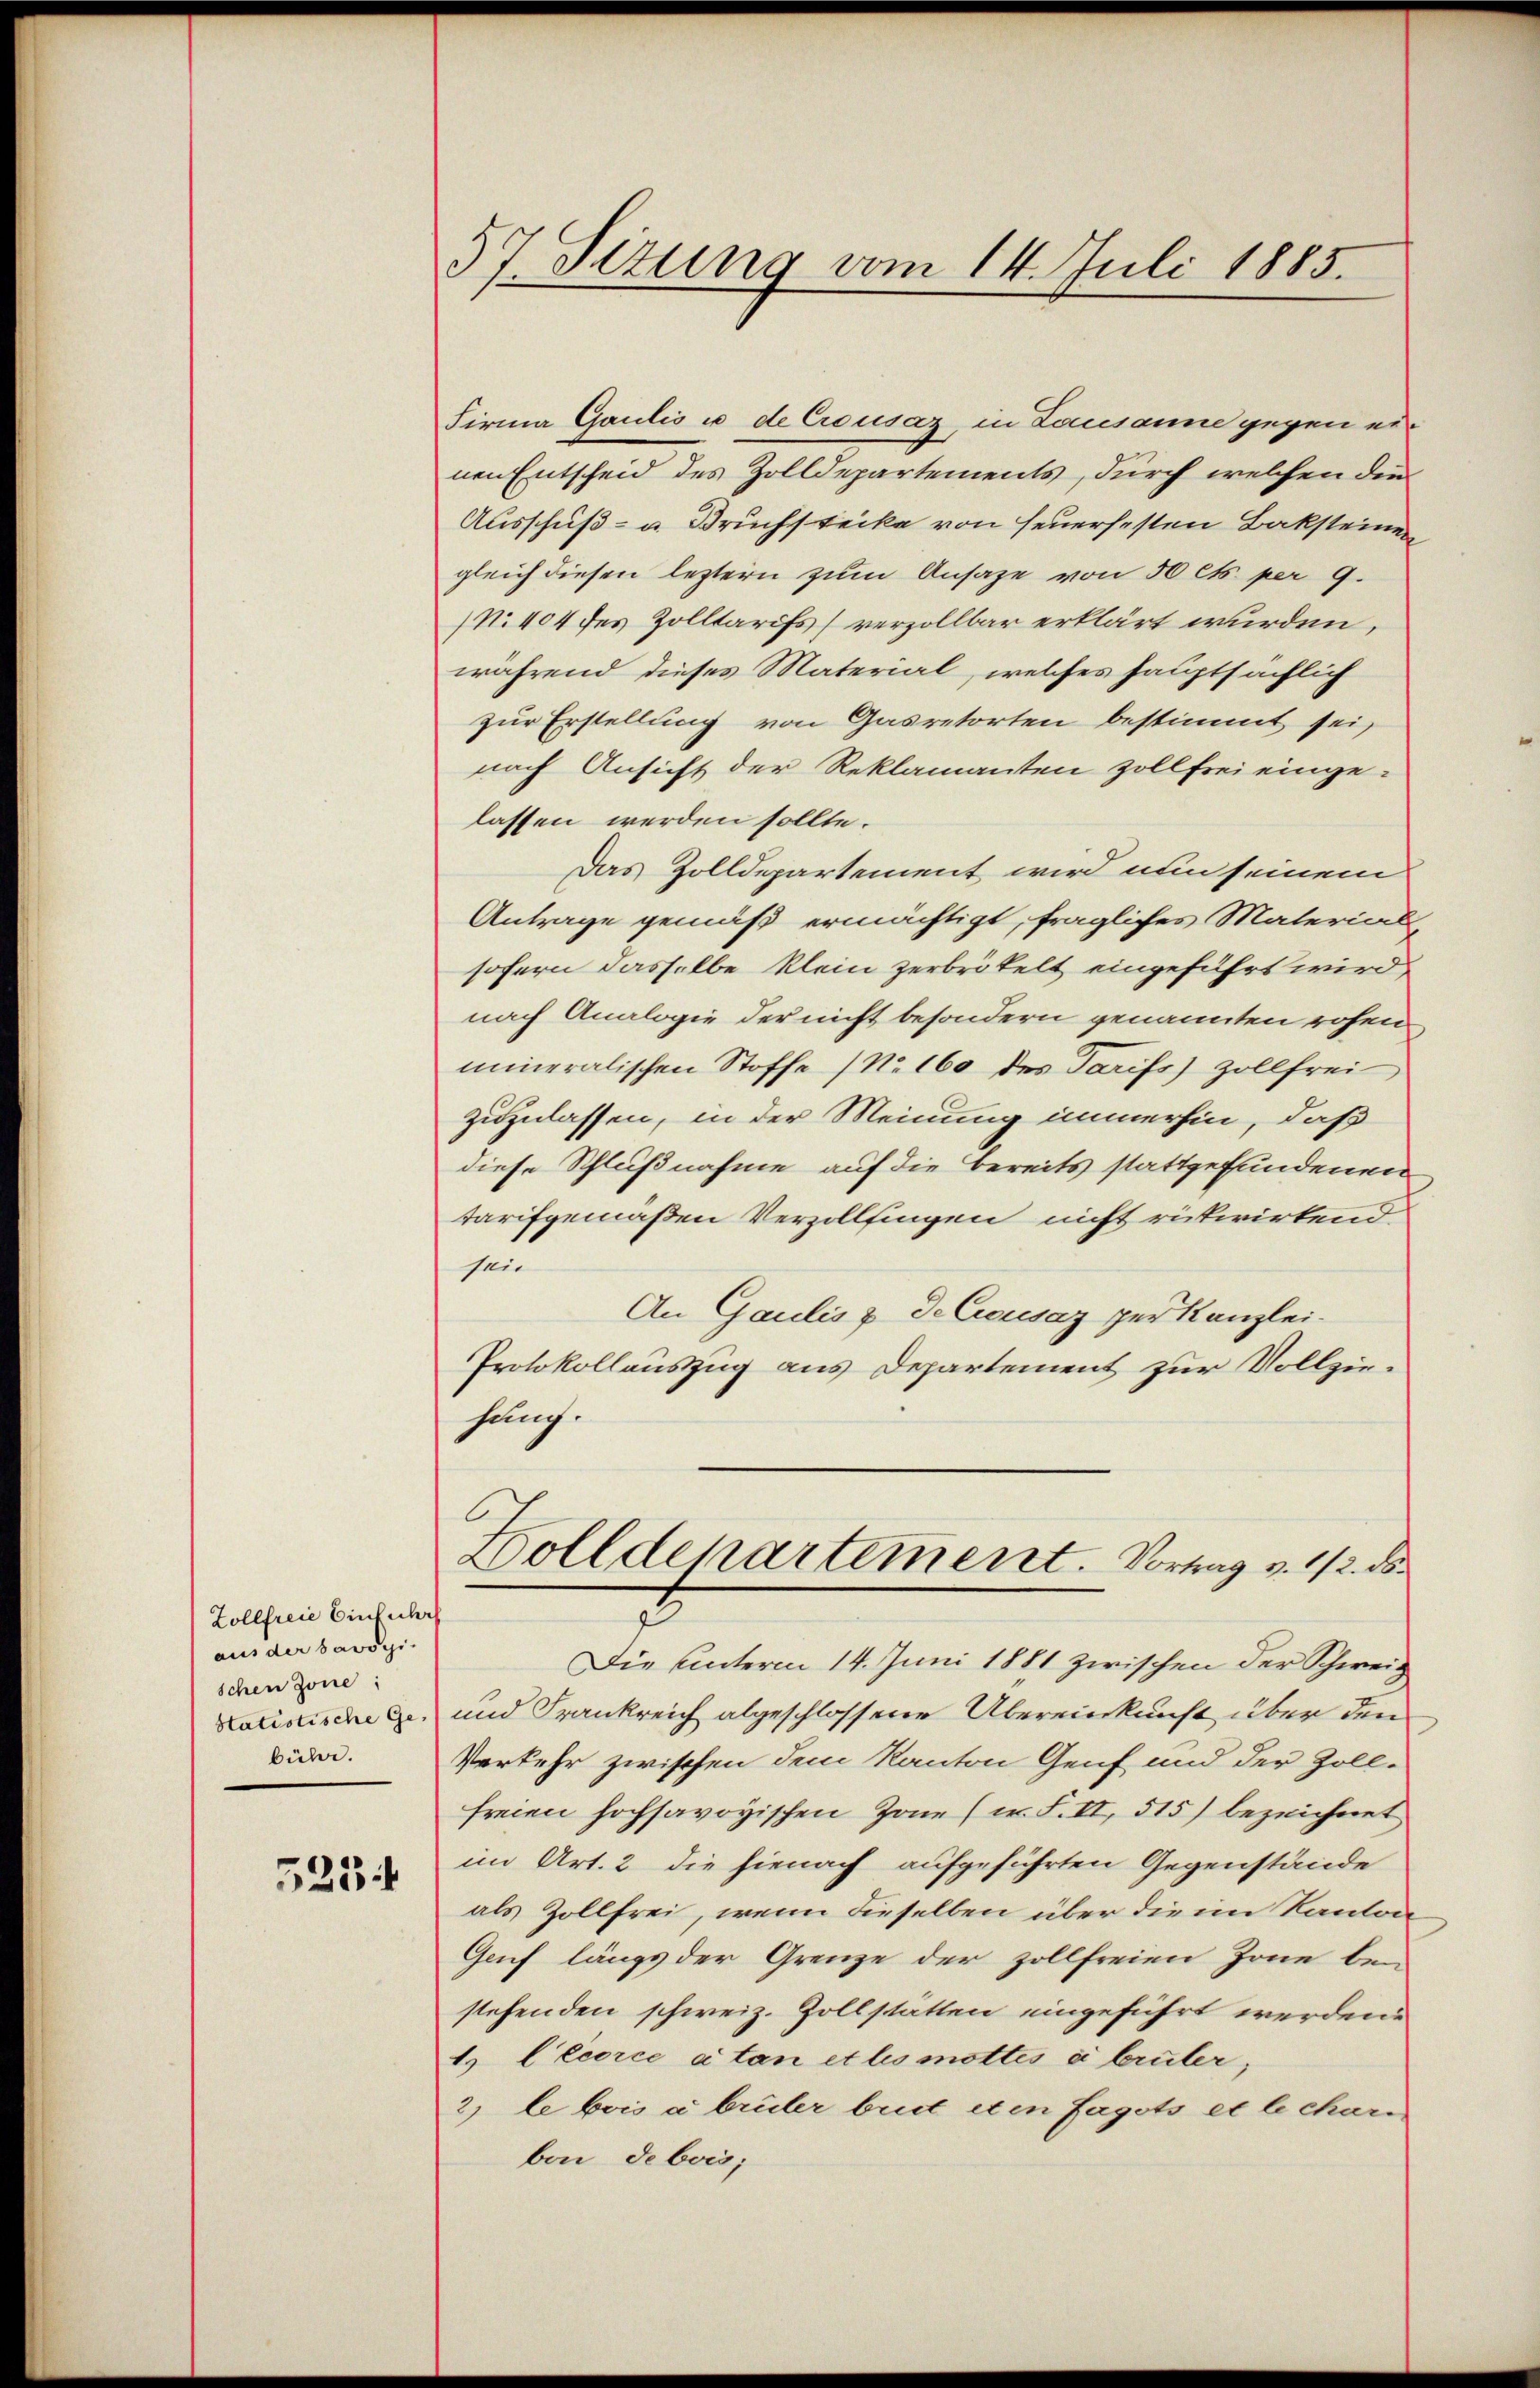
Zollfreie Einfuhr
aus der savoyi
schen Zone:
statistische Ge-
bühr.

525

57. Sizung vom 14. Juli 1885.

Firma Gaulis u de Crousaz in Lausanne gegen einen Entscheid des Zolldepartements, durch welchen die
Ausschuß- u. Bruchstecke von Feuerfesten Backsteinen
gleich diesen leztern zum Ansage von 50 cts. per 9.
N. 104 des Zolltarifs (verzollbar erklärt wurden,
während dieses Material, welches hauptsächlich
zur Erstellung von Gasretorten bestimmt sei,
nach Ansicht der Reklamanten zollfrei eingelassen werden sollte.
Das Zolldepartement wird nun seinem
Antrage gemäß ermächtigt, fragliches Materialsofern dasselbe klein zerbrötelt eingeführt wird,
nach Analogie der nicht besondern genannten rohen
mineralischen Stoffe (No. 160 des Tarifs) zollfrei
zuzulassen, in der Meinung immerhin, daß
diese Schlußnahme auf die Bereits stattgefundenen
tarifgemäßen Verzollfingen nicht rükwirkend
zu
An Gaulis & de Crousaz per Kanzlei-
Protokollauszug aus Departement zur Vollziehung.
Holldepartement. Vortrag v. 12. ds.
Die Unterm 14. Juni 1881 zwischen der Schweiz
und Frankreich abgeschlossene Übereinkunft über den
Verkehr zwischen dem Kanton Genf und der Zoll-
freien hochsavoyischen Zone (i.S. II, 515) bezeichnet
im Art. 2 die hienach aufgeführten Gegenstände
als Zollfrei, wenn dieselben über die im Kanton
Genf längs der Grenze der zollfreien Zone bei
stehenden schweiz. Zollstätten eingeführt werden.
1 CEcorce a tan et les mottes à brüter,
2) le bois abrüler beit im Fagots et le chan
bani debois;